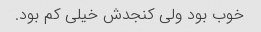
خوب بود ولی کنجدش خیلی کم بود.